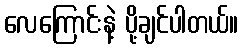
လေကြောင်းနဲ့ ပို့ချင်ပါတယ်။